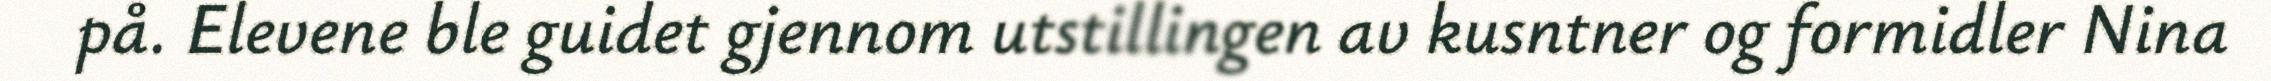
på. Elevene ble guidet gjennom utstillingen av kusntner og formidler Nina